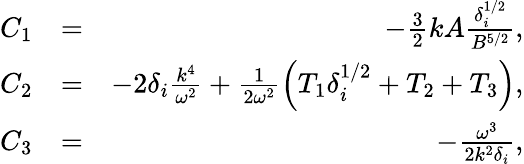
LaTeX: \begin{array}{rlr}{C_{1}}&{=}&{-\frac{3}{2}kA\frac{\delta_{i}^{1/2}}{B^{5/2}},}\\ {C_{2}}&{=}&{-2\delta_{i}\frac{k^{4}}{\omega^{2}}+\frac{1}{2\omega^{2}}\left(T_{1}\delta_{i}^{1/2}+T_{2}+T_{3}\right),}\\ {C_{3}}&{=}&{-\frac{\omega^{3}}{2k^{2}\delta_{i}},}\end{array}